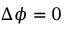
\Delta \phi = 0